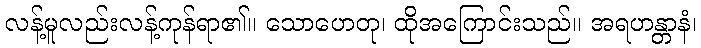
လန့်မူလည်းလန့်ကုန်ရာ၏။ သောဟေတု၊ ထိုအကြောင်းသည်။ အရဟန္တာနံ၊